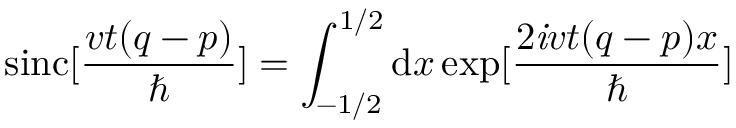
\mathrm { s i n c } [ \frac { v t ( q - p ) } { \hbar } ] = \int _ { - 1 / 2 } ^ { 1 / 2 } \mathrm { d } x \exp [ \frac { 2 { \it i } v t ( q - p ) x } { \hbar } ]